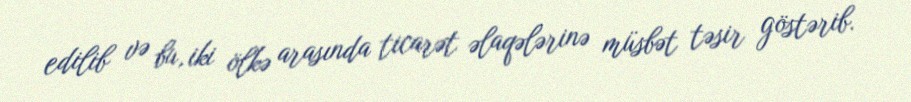
edilib və bu, iki ölkə arasında ticarət əlaqələrinə müsbət təsir göstərib.